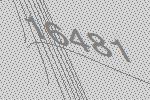
16481